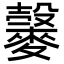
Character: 𪍠